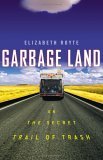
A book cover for Garbage Land: On the Secret Trail of Trash; Elizabeth Royte; Science & Math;